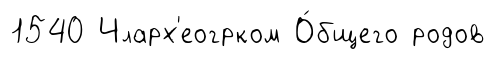
1540 Чларх'еогрком О́бщего родов